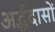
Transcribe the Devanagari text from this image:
अर्द्धदासों